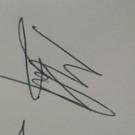
Signature authenticity: genuine